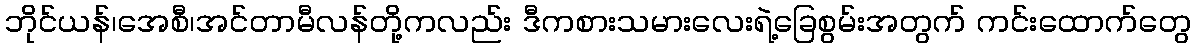
ဘိုင်ယန်၊အေစီ၊အင်တာမီလန်တို့ကလည်း ဒီကစားသမားလေးရဲ့ခြေစွမ်းအတွက် ကင်းထောက်တွေ